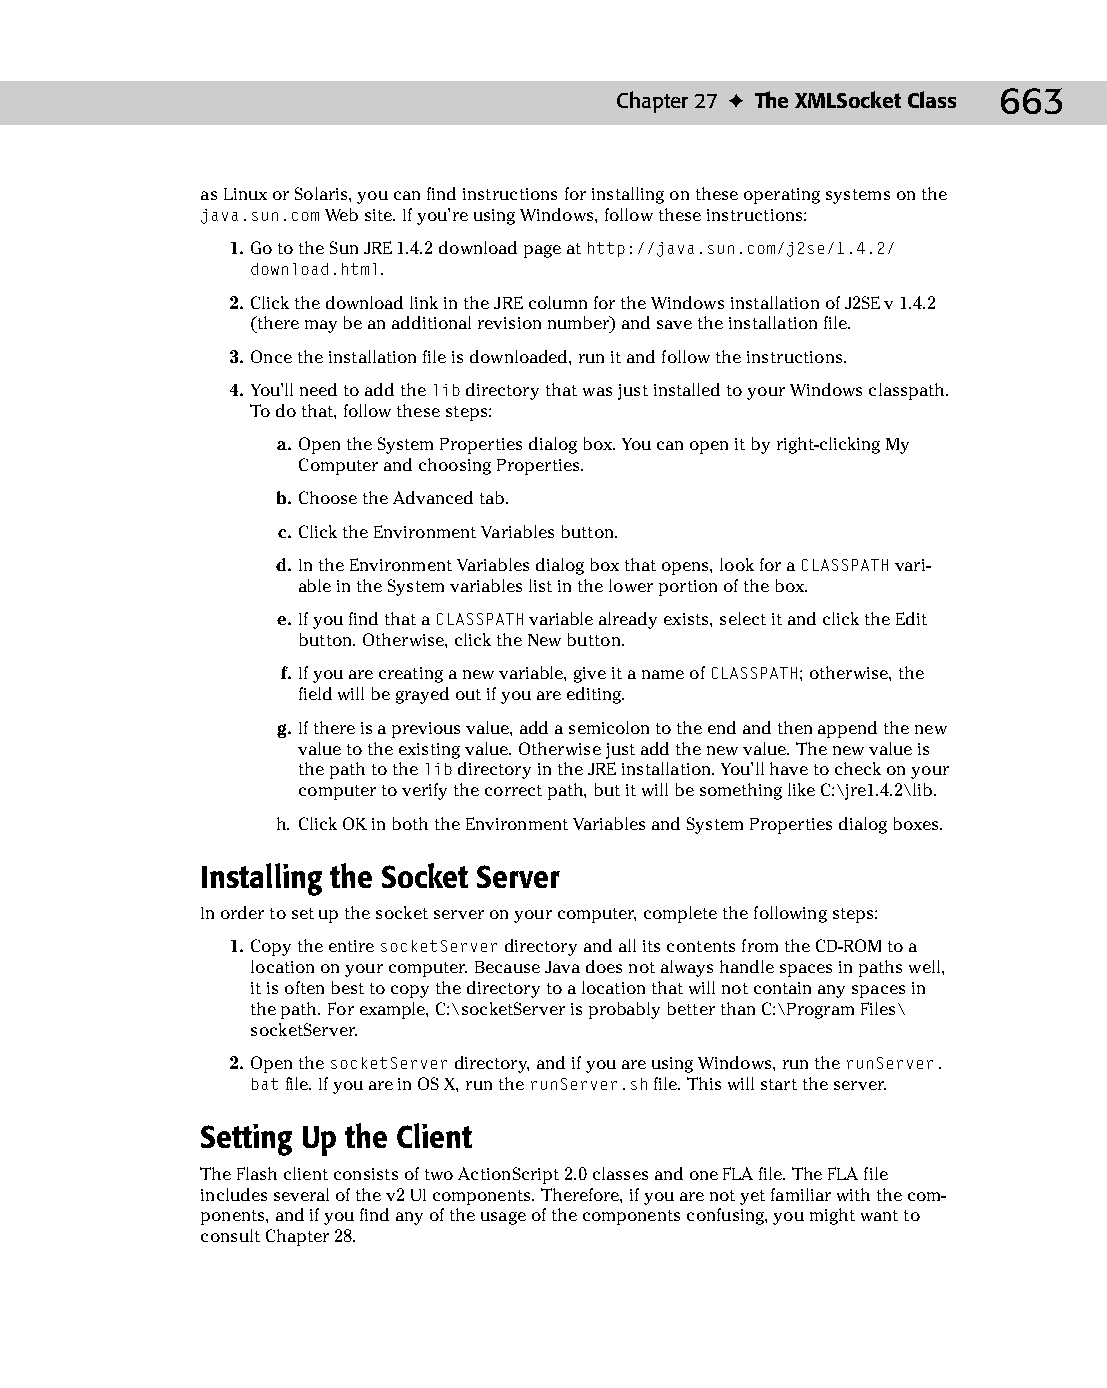
35 543547 ch27.qxd 3/24/04 4:08 PM Page 663
 Chapter 27 ✦ The XMLSocket Class 663
 as Linux or Solaris, you can find instructions for installing on these operating systems on the
 java.sun.com Web site. If you’re using Windows, follow these instructions:
 1. Go to the Sun JRE 1.4.2 download page at http://java.sun.com/j2se/1.4.2/
 download.html.
 2. Click the download link in the JRE column for the Windows installation of J2SE v 1.4.2
 (there may be an additional revision number) and save the installation file.
 3. Once the installation file is downloaded, run it and follow the instructions.
 4. You’ll need to add the lib directory that was just installed to your Windows classpath.
 To do that, follow these steps:
 a. Open the System Properties dialog box. You can open it by right-clicking My
 Computer and choosing Properties.
 b. Choose the Advanced tab.
 c. Click the Environment Variables button.
 d. In the Environment Variables dialog box that opens, look for a CLASSPATH vari­
 able in the System variables list in the lower portion of the box.
 e. If you find that a CLASSPATH variable already exists, select it and click the Edit
 button. Otherwise, click the New button.
 f. If you are creating a new variable, give it a name of CLASSPATH; otherwise, the
 field will be grayed out if you are editing.
 g. If there is a previous value, add a semicolon to the end and then append the new
 value to the existing value. Otherwise just add the new value. The new value is
 the path to the lib directory in the JRE installation. You’ll have to check on your
 computer to verify the correct path, but it will be something like C:\jre1.4.2\lib.
 h. Click OK in both the Environment Variables and System Properties dialog boxes.
 Installing the Socket Server
 In order to set up the socket server on your computer, complete the following steps:
 1. Copy the entire socketServer directory and all its contents from the CD-ROM to a
 location on your computer. Because Java does not always handle spaces in paths well,
 it is often best to copy the directory to a location that will not contain any spaces in
 the path. For example, C:\socketServer is probably better than C:\Program Files\
 socketServer.
 2. Open the socketServer directory, and if you are using Windows, run the runServer.
 bat file. If you are in OS X, run the runServer.sh file. This will start the server.
 Setting Up the Client
 The Flash client consists of two ActionScript 2.0 classes and one FLA file. The FLA file
 includes several of the v2 UI components. Therefore, if you are not yet familiar with the com­
 ponents, and if you find any of the usage of the components confusing, you might want to
 consult Chapter 28.